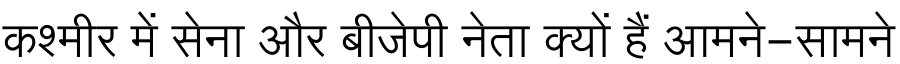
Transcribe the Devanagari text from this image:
कश्मीर में सेना और बीजेपी नेता क्यों हैं आमने-सामने